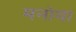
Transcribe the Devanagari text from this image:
मनोया